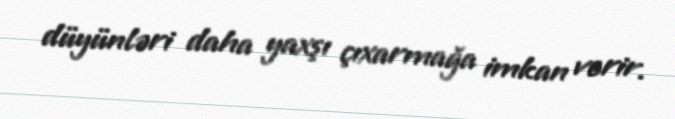
düyünləri daha yaxşı çıxarmağa imkan verir.